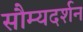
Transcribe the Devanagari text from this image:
सौम्यदर्शन